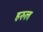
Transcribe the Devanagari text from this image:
हरुल